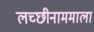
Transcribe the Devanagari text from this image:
लच्छीनाममाला